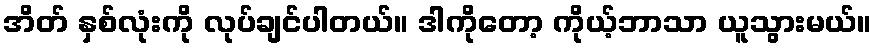
အိတ် နှစ်လုံးကို လုပ်ချင်ပါတယ်။ ဒါကိုတော့ ကိုယ့်ဘာသာ ယူသွားမယ်။